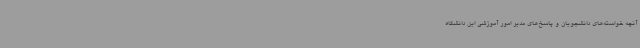
آنچه خواسته‌های دانشجویان و پاسخ‌های مدیر امور آموزشی این دانشگاه